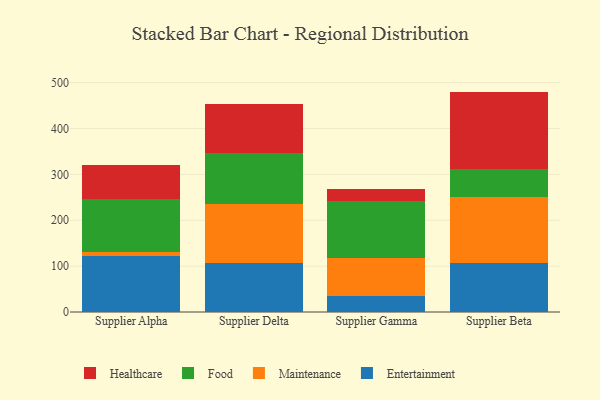
{"axis": {"x": "Supplier", "y": "Energy Usage (MWh)"}, "legend": ["Entertainment", "Food", "Healthcare", "Maintenance"], "data": [{"x": "Supplier Alpha", "y": 121.6, "type": "Entertainment"}, {"x": "Supplier Alpha", "y": 10.2, "type": "Maintenance"}, {"x": "Supplier Alpha", "y": 114.7, "type": "Food"}, {"x": "Supplier Alpha", "y": 74.1, "type": "Healthcare"}, {"x": "Supplier Delta", "y": 106.8, "type": "Entertainment"}, {"x": "Supplier Delta", "y": 129.0, "type": "Maintenance"}, {"x": "Supplier Delta", "y": 110.6, "type": "Food"}, {"x": "Supplier Delta", "y": 106.6, "type": "Healthcare"}, {"x": "Supplier Gamma", "y": 35.6, "type": "Entertainment"}, {"x": "Supplier Gamma", "y": 82.5, "type": "Maintenance"}, {"x": "Supplier Gamma", "y": 123.6, "type": "Food"}, {"x": "Supplier Gamma", "y": 26.9, "type": "Healthcare"}, {"x": "Supplier Beta", "y": 107.6, "type": "Entertainment"}, {"x": "Supplier Beta", "y": 143.8, "type": "Maintenance"}, {"x": "Supplier Beta", "y": 60.2, "type": "Food"}, {"x": "Supplier Beta", "y": 168.9, "type": "Healthcare"}]}